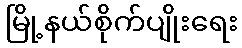
မြို့နယ်စိုက်ပျိုးရေး